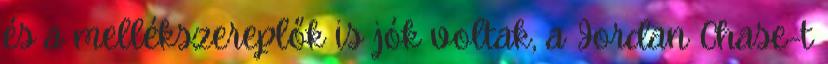
és a mellékszereplők is jók voltak, a Jordan Chase-t